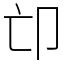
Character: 𠨑